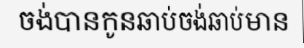
ចង់បានកូនឆាប់ចង់ឆាប់មាន